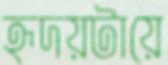
হৃদয়টায়ে